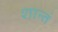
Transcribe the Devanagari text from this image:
शान्तं